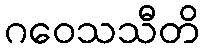
ဂဝေသသီတိ